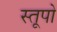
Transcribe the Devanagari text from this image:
स्‍तूपो